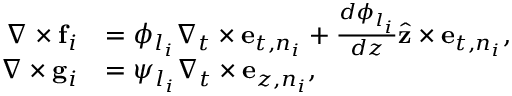
\begin{array} { r l } { \nabla \times { \bf f } _ { i } } & { = \phi _ { l _ { i } } \nabla _ { t } \times { \bf e } _ { t , n _ { i } } + \frac { d \phi _ { l _ { i } } } { d z } \hat { \bf z } \times { \bf e } _ { t , n _ { i } } , } \\ { \nabla \times { \bf g } _ { i } } & { = \psi _ { l _ { i } } \nabla _ { t } \times { \bf e } _ { z , n _ { i } } , } \end{array}